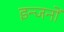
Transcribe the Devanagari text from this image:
इन्जनों